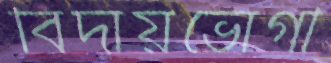
বিদায়ভোগী